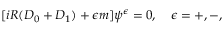
[ i R ( { \cal D } _ { 0 } + { \cal D } _ { 1 } ) + \epsilon m ] \psi ^ { \epsilon } = 0 , \quad \epsilon = + , - ,